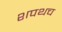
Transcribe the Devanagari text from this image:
शपथच